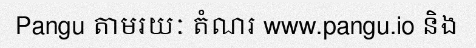
Pangu តាមរយៈ តំណរ www.pangu.io និង